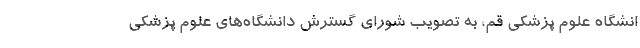
انشگاه علوم پزشکی قم، به تصویب شورای گسترش دانشگاه‌های علوم پزشکی